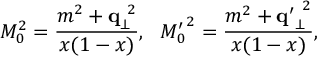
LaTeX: M _ { 0 } ^ { 2 } = \frac { m ^ { 2 } + { \bf q } _ { \bot } ^ { ~ 2 } } { x ( 1 - x ) } , ~ ~ { M _ { 0 } ^ { \prime } } ^ { 2 } = \frac { m ^ { 2 } + { \bf q ^ { \prime } } _ { \bot } ^ { ~ 2 } } { x ( 1 - x ) } ,